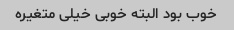
خوب بود البته خوبی خیلی متغیره